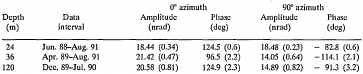
<table><thead><tr><td></td><td></td><td colspan="2"><b>0° azimuth</b></td><td colspan="2"><b>90° azimuth</b></td></tr><tr><td><b>Depth(m)</b></td><td><b>Data interval</b></td><td><b>Amplitude(nrad)</b></td><td><b>Phase(deg)</b></td><td><b>Amplitude(nrad)</b></td><td><b>Phase(deg)</b></td></tr></thead><tbody><tr><td>24</td><td>Jun. 88–Aug. 91</td><td>18.44 (0.34)</td><td>124.5 (0.6)</td><td>18.48 (0.23)</td><td>−82.8 (0.6)</td></tr><tr><td>36</td><td>Apr. 89–Aug. 91</td><td>21.42 (0.47)</td><td>96.5 (2.2)</td><td>14.05 (0.64)</td><td>−114.1 (2.1)</td></tr><tr><td>120</td><td>Dec. 89–Jul. 90</td><td>20.58 (0.81)</td><td>124.9 (2.3)</td><td>14.89 (0.82)</td><td>−91.3 (3.2)</td></tr></tbody></table>